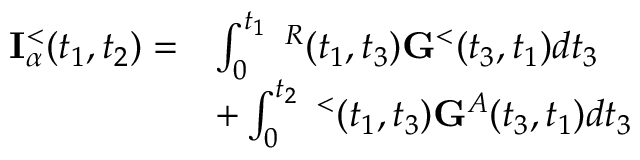
\begin{array} { r l } { { \bf I } _ { \alpha } ^ { < } ( t _ { 1 } , t _ { 2 } ) = } & { \int _ { 0 } ^ { t _ { 1 } } { \bf \Sigma } ^ { R } ( t _ { 1 } , t _ { 3 } ) { \bf G } ^ { < } ( t _ { 3 } , t _ { 1 } ) d t _ { 3 } } \\ & { + \int _ { 0 } ^ { t _ { 2 } } { \bf \Sigma } ^ { < } ( t _ { 1 } , t _ { 3 } ) { \bf G } ^ { A } ( t _ { 3 } , t _ { 1 } ) d t _ { 3 } } \end{array}